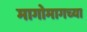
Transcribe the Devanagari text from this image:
मागोमागच्या